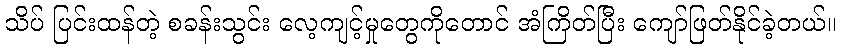
သိပ် ပြင်းထန်တဲ့ စခန်းသွင်း လေ့ကျင့်မှုတွေကိုတောင် အံကြိတ်ပြီး ကျော်ဖြတ်နိုင်ခဲ့တယ်။